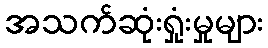
အသက်ဆုံးရှုံးမှုများ